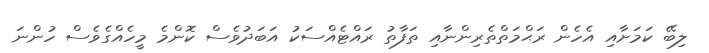
ލިބޭ ކަމަށާއި އެހެން ރަޙްމަތްތެރިންނާއި ތަފާތު ރައްޓެއްސަކު އަބަދުވެސް ކޮންމެ މީހެއްގެވެސް ހުންނަ